Problem: 17 + 97 = ?
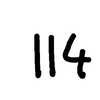
Handwritten answer: 114